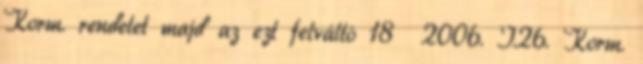
Korm. rendelet majd az ezt felváltó 18 2006. I.26. Korm.